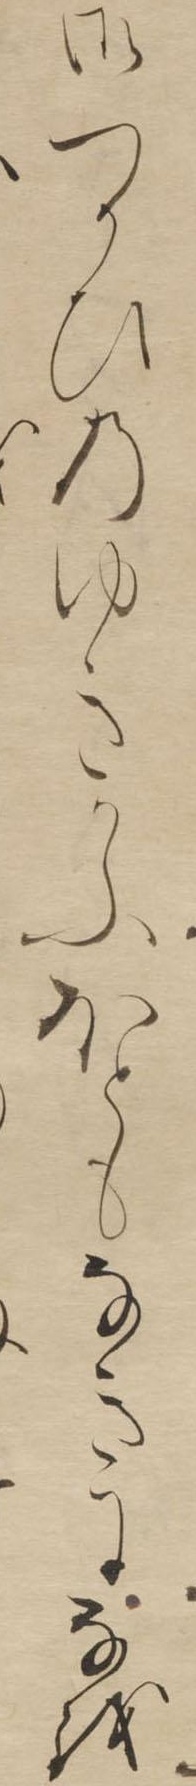
御つかひのゆきかふほともなきになを